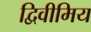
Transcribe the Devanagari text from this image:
द्विवीमिय